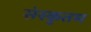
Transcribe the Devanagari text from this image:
संस्कृतम